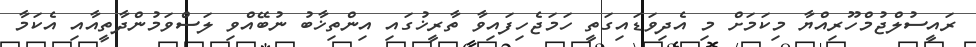
ރައީސުލްޖުމްހޫރިއްޔާ މިކަމަށް މި އެދިވަޑައިގަތީ ހަމަޖެހިފައިވާ ތާރީޚުގައި އިންތިޚާބު ނުބޭއްވި ލަސްވަމުންދާތީއާއި އެކަމާ